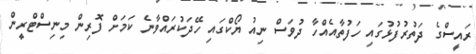
ރައީސްގެ ދަތުރުފުޅުގައި ހަފުތާއެއްހާ ދުވަސް ނިއު ޔޯކްގައި ހޭދަކުރައްވާނެ ކަމަށް ފޮރިން މިނިސްޓްރީން